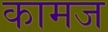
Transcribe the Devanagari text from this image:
कामज